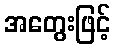
အတွေးဖြင့်